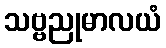
သဗ္ဗညုမာလယံ